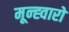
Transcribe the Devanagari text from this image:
मून्ह्वारो